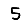
Digit: 5